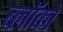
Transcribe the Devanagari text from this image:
ब्लॉको